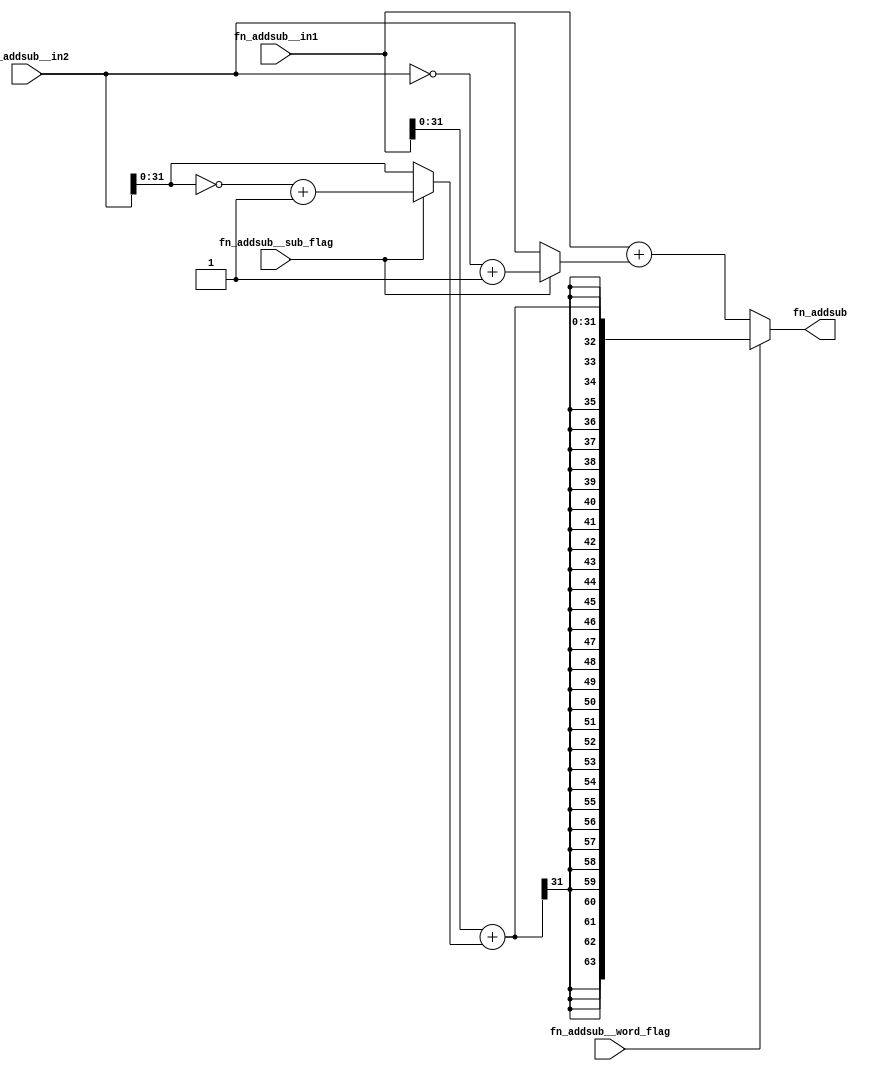
//
// Generated by Bluespec Compiler, version 2014.07.A (build 34078, 2014-07-30)
//
// On Mon Sep 14 23:06:34 IST 2015
//
//
// Ports:
// Name                         I/O  size props
// fn_addsub                      O    64
// fn_addsub__in1                 I    64
// fn_addsub__in2                 I    64
// fn_addsub__word_flag           I     1
// fn_addsub__sub_flag            I     1
//
// Combinational paths from inputs to outputs:
//   (fn_addsub__in1,
//    fn_addsub__in2,
//    fn_addsub__word_flag,
//    fn_addsub__sub_flag) -> fn_addsub
//
//

`ifdef BSV_ASSIGNMENT_DELAY
`else
  `define BSV_ASSIGNMENT_DELAY
`endif

`ifdef BSV_POSITIVE_RESET
  `define BSV_RESET_VALUE 1'b1
  `define BSV_RESET_EDGE posedge
`else
  `define BSV_RESET_VALUE 1'b0
  `define BSV_RESET_EDGE negedge
`endif

module module_fn_addsub(fn_addsub__in1,
			fn_addsub__in2,
			fn_addsub__word_flag,
			fn_addsub__sub_flag,
			fn_addsub);
  // value method fn_addsub
  input  [63 : 0] fn_addsub__in1;
  input  [63 : 0] fn_addsub__in2;
  input  fn_addsub__word_flag;
  input  fn_addsub__sub_flag;
  output [63 : 0] fn_addsub;

  // signals for module outputs
  wire [63 : 0] fn_addsub;

  // remaining internal signals
  wire [63 : 0] fn_addsub__in1_PLUS_IF_fn_addsub__sub_flag_THE_ETC___d11,
		op2__h123;
  wire [31 : 0] op2_w__h67, x__h33;

  // value method fn_addsub
  assign fn_addsub =
	     fn_addsub__word_flag ?
	       { {32{x__h33[31]}}, x__h33 } :
	       fn_addsub__in1_PLUS_IF_fn_addsub__sub_flag_THE_ETC___d11 ;

  // remaining internal signals
  assign fn_addsub__in1_PLUS_IF_fn_addsub__sub_flag_THE_ETC___d11 =
	     fn_addsub__in1 +
	     (fn_addsub__sub_flag ? op2__h123 : fn_addsub__in2) ;
  assign op2__h123 = ~fn_addsub__in2 + 64'd1 ;
  assign op2_w__h67 = ~fn_addsub__in2[31:0] + 32'd1 ;
  assign x__h33 =
	     fn_addsub__in1[31:0] +
	     (fn_addsub__sub_flag ? op2_w__h67 : fn_addsub__in2[31:0]) ;
endmodule  // module_fn_addsub